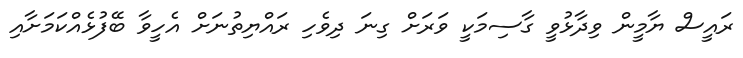
ރައީސް ޔާމީން ވިދާޅުވީ ގާސިމަކީ ވަރަށް ގިނަ ދިވެހި ރައްޔިތުނަށް އެހީވާ ބޭފުޅެއްކަމަށާއި